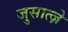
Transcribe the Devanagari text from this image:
जुसात्ज़े